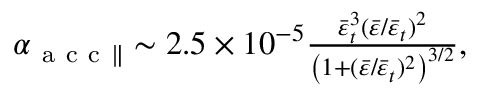
\begin{array} { r } { \alpha _ { \mathrm { ~ a ~ c ~ c ~ } \parallel } \sim 2 . 5 \times 1 0 ^ { - 5 } \frac { \bar { \varepsilon } _ { t } ^ { 3 } ( \bar { \varepsilon } / \bar { \varepsilon } _ { t } ) ^ { 2 } } { \left( 1 + ( \bar { \varepsilon } / \bar { \varepsilon } _ { t } ) ^ { 2 } \right) ^ { 3 / 2 } } , } \end{array}